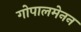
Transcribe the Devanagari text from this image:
गोपालमेनन